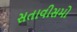
સતાવીસમો